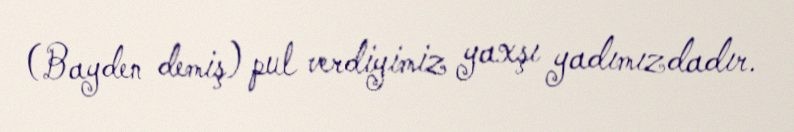
(Bayden demiş) pul verdiyimiz yaxşı yadımızdadır.